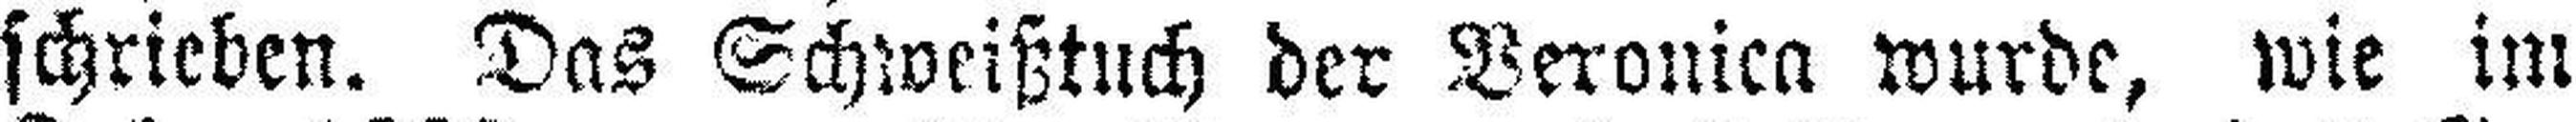
fchricben. Das Schweißtuch der Deronica wurde, wie in: